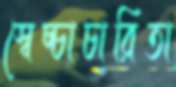
স্বেচ্চাচারিতা